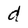
Character: d